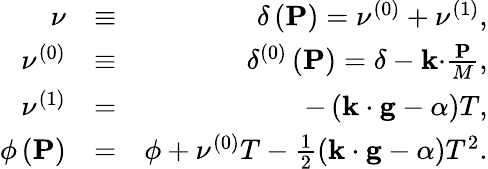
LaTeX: \begin{array}{rlr}{\nu}&{\equiv}&{\delta\left(\mathbf{P}\right)=\nu^{\left(0\right)}+\nu^{\left(1\right)},}\\ {\nu^{\left(0\right)}}&{\equiv}&{\delta^{\left(0\right)}\left(\mathbf{P}\right)=\delta-\mathbf{k\cdot}\frac{\mathbf{P}}{M},}\\ {\nu^{\left(1\right)}}&{=}&{-\left(\mathbf{k\cdot g}-\alpha\right)T,}\\ {\phi\left(\mathbf{P}\right)}&{=}&{\phi+\nu^{\left(0\right)}T-\frac{1}{2}\left(\mathbf{k\cdot g}-\alpha\right)T^{2}.}\end{array}